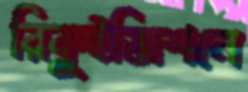
রিকুইজিশনে